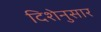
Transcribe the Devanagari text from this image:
दिशेनुसार